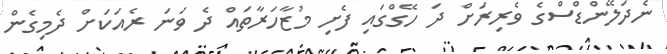
ނެދަލޭންޑްސްގެ ވެރިރަށް ދަ ހޭގްގައި ފެށި މުޒާހަރާތައް ދެ ވަނަ ރެއަކަށް ދެމިގެން